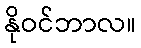
နိုဝင်ဘာလ။